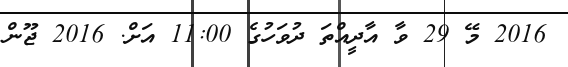
2016 މޭ 29 ވާ އާދީއްތަ ދުވަހުގެ 11:00 އަށް. 2016 ޖޫން